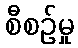
စီစဉ်မှု